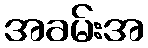
အခမ်းအ